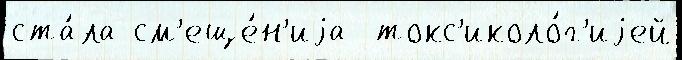
ста́ла см'еще́н'иjа  токс'иколо́г'иjей